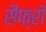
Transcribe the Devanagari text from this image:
सैफ्रों